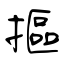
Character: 摳